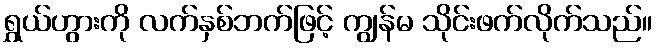
ရွှယ်ဟွားကို လက်နှစ်ဘက်ဖြင့် ကျွန်မ သိုင်းဖက်လိုက်သည်။